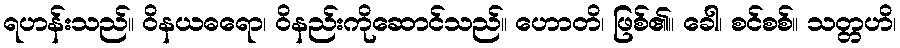
ရဟန်းသည်။ ဝိနယဓရော၊ ဝိနည်းကိုဆောင်သည်။ ဟောတိ၊ ဖြစ်၏။ ခေါ၊ စင်စစ်။ သတ္တဟိ၊